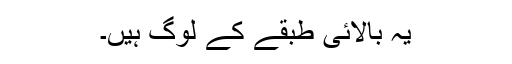
یہ بالائی طبقے کے لوگ ہیں۔